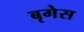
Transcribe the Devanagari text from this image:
बृगेस